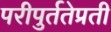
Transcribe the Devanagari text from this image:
परीपुर्ततेप्रती